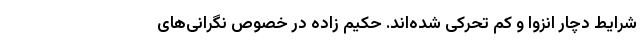
شرایط دچار انزوا و کم تحرکی شده‌اند. حکیم زاده در خصوص نگرانی‌های